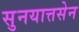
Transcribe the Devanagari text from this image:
सुनयात्तसेन